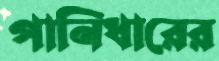
পানিধারের